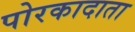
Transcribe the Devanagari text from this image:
पोरकादाता